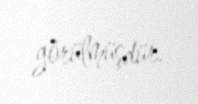
görülmüşdür.